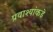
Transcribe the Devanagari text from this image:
प्रवाश्यांकडे